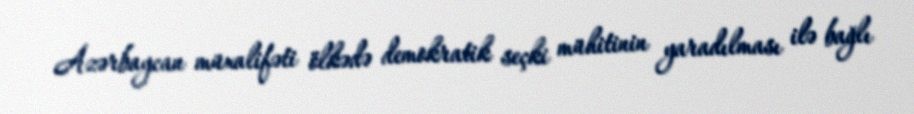
Azərbaycan müxalifəti ölkədə demokratik seçki mühitinin yaradılması ilə bağlı